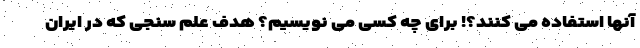
آنها استفاده می کنند؟! برای چه کسی می نویسیم؟ هدف علم سنجی که در ایران